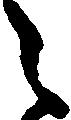
之